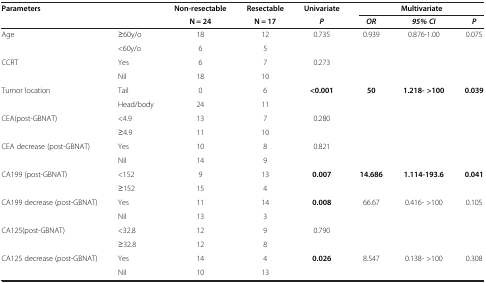
<table><thead><tr><td colspan="2"><b>Parameters</b></td><td><b>Non-resectable</b></td><td><b>Resectable</b></td><td><b>Univariate</b></td><td colspan="3"><b>Multivariate</b></td></tr><tr><td colspan="2"><b> </b></td><td><b>N = 24</b></td><td><b>N = 17</b></td><td><b><i>P</i></b></td><td><b><i>OR</i></b></td><td><b><i>95% CI</i></b></td><td><b><i>P</i></b></td></tr></thead><tbody><tr><td>Age</td><td>≥60y/o</td><td>18</td><td>12</td><td>0.735</td><td>0.939</td><td>0.876-1.00</td><td>0.075</td></tr><tr><td> </td><td>&lt;60y/o</td><td>6</td><td>5</td><td> </td><td> </td><td> </td><td> </td></tr><tr><td>CCRT</td><td>Yes</td><td>6</td><td>7</td><td>0.273</td><td> </td><td> </td><td> </td></tr><tr><td> </td><td>Nil</td><td>18</td><td>10</td><td> </td><td> </td><td> </td><td> </td></tr><tr><td>Tumor location</td><td>Tail</td><td>0</td><td>6</td><td><b>&lt;0.001</b></td><td><b>50</b></td><td><b>1.218- &gt;100</b></td><td><b>0.039</b></td></tr><tr><td> </td><td>Head/body</td><td>24</td><td>11</td><td> </td><td> </td><td> </td><td> </td></tr><tr><td>CEA(post-GBNAT)</td><td>&lt;4.9</td><td>13</td><td>7</td><td>0.280</td><td> </td><td> </td><td> </td></tr><tr><td> </td><td>≥4.9</td><td>11</td><td>10</td><td> </td><td> </td><td> </td><td> </td></tr><tr><td>CEA decrease (post-GBNAT)</td><td>Yes</td><td>10</td><td>8</td><td>0.821</td><td> </td><td> </td><td> </td></tr><tr><td> </td><td>Nil</td><td>14</td><td>9</td><td> </td><td> </td><td> </td><td> </td></tr><tr><td>CA199 (post-GBNAT)</td><td>&lt;152</td><td>9</td><td>13</td><td><b>0.007</b></td><td><b>14.686</b></td><td><b>1.114-193.6</b></td><td><b>0.041</b></td></tr><tr><td> </td><td>≥152</td><td>15</td><td>4</td><td> </td><td> </td><td> </td><td> </td></tr><tr><td>CA199 decrease (post-GBNAT)</td><td>Yes</td><td>11</td><td>14</td><td><b>0.008</b></td><td>66.67</td><td>0.416- &gt;100</td><td>0.105</td></tr><tr><td> </td><td>Nil</td><td>13</td><td>3</td><td> </td><td> </td><td> </td><td> </td></tr><tr><td>CA125(post-GBNAT)</td><td>&lt;32.8</td><td>12</td><td>9</td><td>0.790</td><td> </td><td> </td><td> </td></tr><tr><td> </td><td>≥32.8</td><td>12</td><td>8</td><td> </td><td> </td><td> </td><td> </td></tr><tr><td>CA125 decrease (post-GBNAT)</td><td>Yes</td><td>14</td><td>4</td><td><b>0.026</b></td><td>8.547</td><td>0.138- &gt;100</td><td>0.308</td></tr><tr><td> </td><td>Nil</td><td>10</td><td>13</td><td> </td><td> </td><td> </td><td> </td></tr></tbody></table>